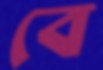
বে